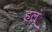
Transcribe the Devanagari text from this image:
हलूं